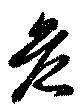
危